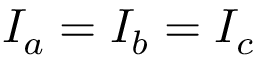
I _ { a } = I _ { b } = I _ { c }